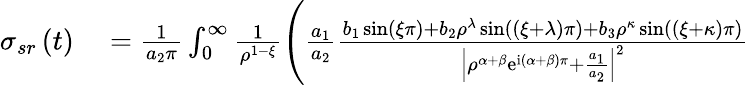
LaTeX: \begin{array}{rl}{\sigma_{sr}\left(t\right)}&{{}=\frac{1}{a_{2}\pi}\int_{0}^{\infty}\frac{1}{\rho^{1-\xi}}\left(\frac{a_{1}}{a_{2}}\frac{b_{1}\sin\left(\xi\pi\right)+b_{2}\rho^{\lambda}\sin\left(\left(\xi+\lambda\right)\pi\right)+b_{3}\rho^{\kappa}\sin\left(\left(\xi+\kappa\right)\pi\right)}{\left\vert\rho^{\alpha+\beta}\mathrm{e}^{\mathrm{i}\left(\alpha+\beta\right)\pi}+\frac{a_{1}}{a_{2}}\right\vert^{2}}\right.}\end{array}